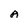
Character: A